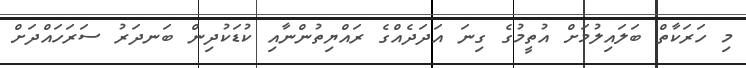
މި ހަރަކާތް ބަލައިލުމަށް އުތީމުގެ ގިނަ އަދަދެއްގެ ރައްޔިތުންނާއި ކުޑަކުދިން ބަނދަރު ސަރަހައްދަށް